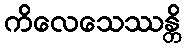
ကိလေသေဿန္တိ